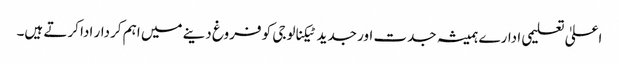
اعلیٰ تعلیمی ادارے ہمیشہ جدت اور جدید ٹیکنالوجی کو فروغ دینے میں اہم کردار ادا کرتے ہیں۔